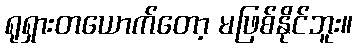
ရုရှားတယောက်တော့ မဖြစ်နိုင်ဘူး။